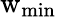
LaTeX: \mathrm{w}_{\mathrm{min}}